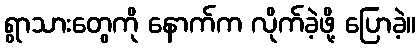
ရွာသားတွေကို နောက်က လိုက်ခဲ့ဖို့ ပြောခဲ့။